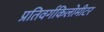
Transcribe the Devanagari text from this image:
प्रतिवर्गकिलोमीटर